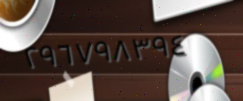
٢٩٦٧٩٨٣٩٤